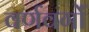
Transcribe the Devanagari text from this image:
वर्णवर्गों